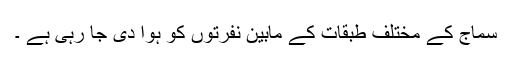
سماج کے مختلف طبقات کے مابین نفرتوں کو ہوا دی جا رہی ہے ۔